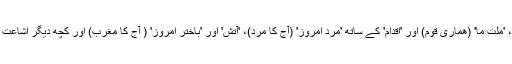
ان سالوں میں 'تہران مصور' رسالہ اور اخبارات جیسے 'طلوع' ، 'ملت ما' (ھماری قوم) اور 'اقدام' کے ساتھ 'مرد امروز' (آج کا مرد)، 'آتش' اور 'باختر امروز' ( آج کا مغرب) اور کچھ دیگر اشاعت ان افاہوں کے منبع قرار پاتے اور افاہوں سے بھرے پڑےتھے۔